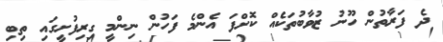
ދެ ފަރާތުން ހޫނު ޒުވާބުތަކެއް ކޮށްފަ އެންމެ ފަހުން ނިންމީ ގިރިފުށީގައި ތިބި